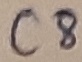
Text: C8